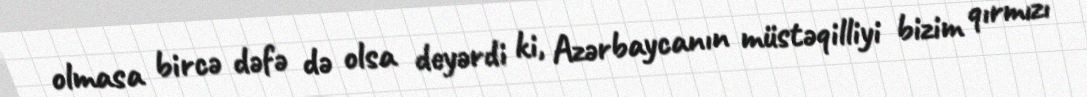
olmasa bircə dəfə də olsa deyərdi ki, Azərbaycanın müstəqilliyi bizim qırmızı